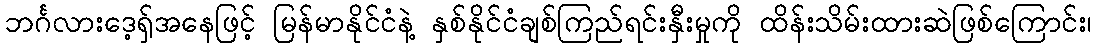
ဘင်္ဂလားဒေ့ရှ်အနေဖြင့် မြန်မာနိုင်ငံနဲ့ နှစ်နိုင်ငံချစ်ကြည်ရင်းနှီးမှုကို ထိန်းသိမ်းထားဆဲဖြစ်ကြောင်း၊